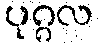
ပုဂ္ဂလ